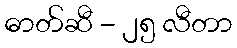
ဓာတ်ဆီ - ၂၅ လီတာ